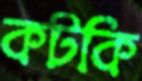
কটকি